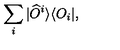
\sum _ { i } | \widehat { O } ^ { i } \rangle \langle O _ { i } | ,